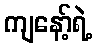
ကျနော့်ရဲ့